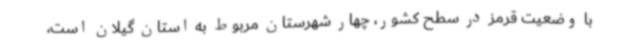
با وضعیت قرمز در سطح کشور، چهار شهرستان مربوط به استان گیلان است،